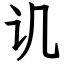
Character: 讥